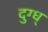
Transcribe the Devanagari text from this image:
दुग्ध्